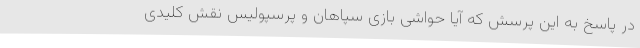
در پاسخ به این پرسش که آیا حواشی بازی سپاهان و پرسپولیس نقش کلیدی